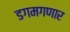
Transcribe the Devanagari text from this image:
डगमगणार